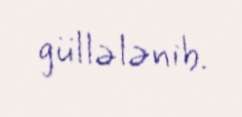
güllələnib.